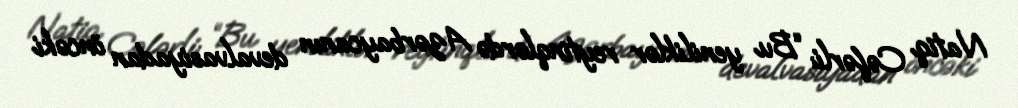
Natiq Cəfərli: “Bu yeniliklər reytinqlərdə Azərbaycanın devalvasiyadan öncəki